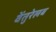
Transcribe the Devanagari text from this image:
वेंतुरेलब